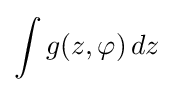
\int g(z,\varphi )\,dz